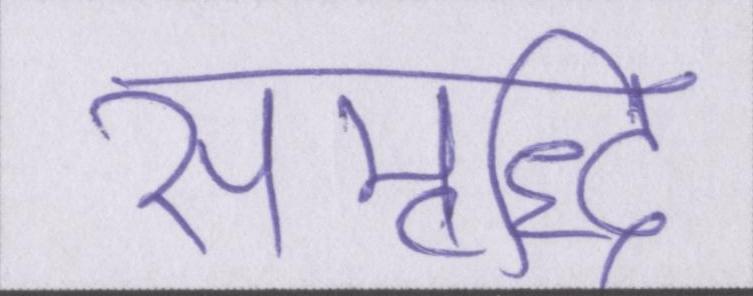
समृद्धि